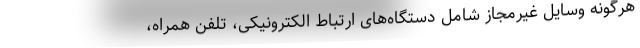
هرگونه وسایل غیرمجاز شامل دستگاه‌های ارتباط الکترونیکی، تلفن همراه،